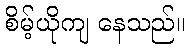
စိမ့်ယိုကျ နေသည်။